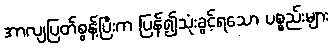
အာလျပြတ်စွန့်ပြီးက ပြန်၍သုံးခွင့်ရသော ပစ္စည်းများ